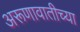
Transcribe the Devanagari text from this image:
अरूणावातीच्या